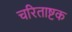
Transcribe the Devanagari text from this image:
चरिताष्टक